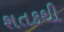
શતકથી